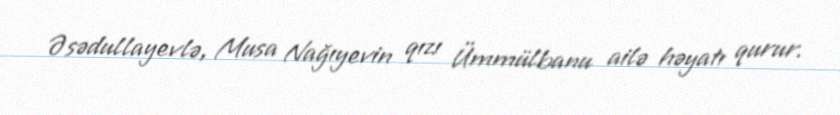
Əsədullayevlə, Musa Nağıyevin qızı Ümmülbanu ailə həyatı qurur.